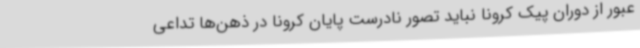
عبور از دوران پیک کرونا نباید تصور نادرست پایان کرونا در ذهن‌ها تداعی